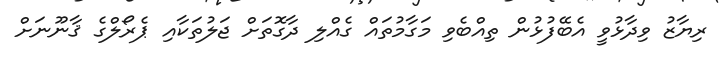
ރިޔާޒު ވިދާޅުވީ އެބޭފުޅުން ތިއްބެވި މަގާމުތައް ގެއްލި ދާގޮތަށް ޖަލުތަކާއި ޕެރޯލްގެ ޤާނޫނަށް